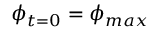
\phi _ { t = 0 } = \phi _ { m a x }